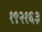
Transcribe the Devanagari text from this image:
१९२१६३